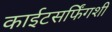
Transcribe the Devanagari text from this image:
काईटसर्फिंगशी